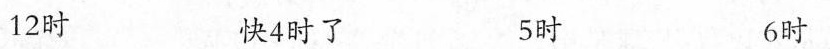
12时 快4时了 5时 6时